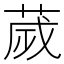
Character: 𦴹